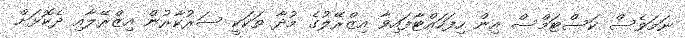
ނަމަވެސް ކަސްޓަމްސް އިން ހިފަހައްޓާފައިވާ އިޒްރޭލުގެ މުދާ ތަކަކީ ސަރުކާރުން އިޒްރޭލާއި ދެކޮޅަށް